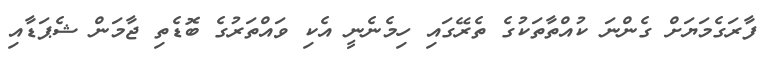
ފާރަގެމަޔަށް ގެންނަ ކުއްތާތަކުގެ ތެރޭގައި ހިމެނެނީ އެކި ވައްތަރުގެ ބޮޑެތި ޖާމަން ޝެޕަޑާއި